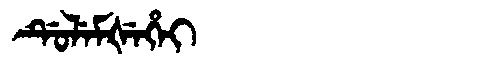
Manchu: ᡩᡠᠯᡝᠮᡧᡝᡥᡝᡳ
Romanization: DULEMŠEHEI